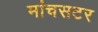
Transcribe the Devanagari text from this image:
मांचसटर